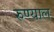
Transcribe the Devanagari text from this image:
रुण्याल